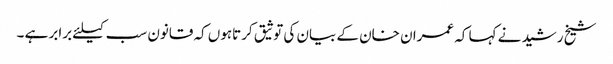
شیخ رشید نے کہا کہ عمران خان کے بیان کی توثیق کرتاہوں کہ قانون سب کیلئے برابر ہے ۔